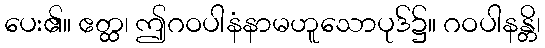
ပေး၏။ ဧတ္ထ၊ ဤဂဝပါနံနာမဟူသောပုဒ်၌။ ဂဝပါနန္တိ၊